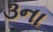
૩ના